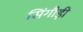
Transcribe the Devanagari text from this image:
सिंगौड़ी